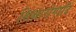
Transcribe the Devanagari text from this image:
शिक्षारोगादि